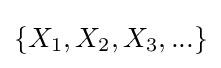
\{X_{1},X_{2},X_{3},...\}